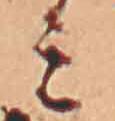
ミ